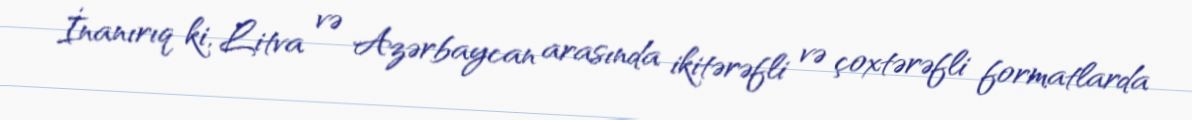
İnanırıq ki, Litva və Azərbaycan arasında ikitərəfli və çoxtərəfli formatlarda